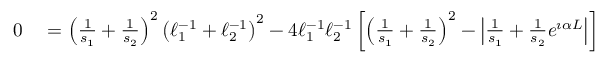
\begin{array} { r l } { 0 } & { { } = \left( \frac { 1 } { s _ { 1 } } + \frac { 1 } { s _ { 2 } } \right) ^ { 2 } \left( \ell _ { 1 } ^ { - 1 } + \ell _ { 2 } ^ { - 1 } \right) ^ { 2 } - 4 \ell _ { 1 } ^ { - 1 } \ell _ { 2 } ^ { - 1 } \left[ \left( \frac { 1 } { s _ { 1 } } + \frac { 1 } { s _ { 2 } } \right) ^ { 2 } - \left| \frac { 1 } { s _ { 1 } } + \frac { 1 } { s _ { 2 } } e ^ { \i \alpha L } \right| \right] } \end{array}